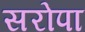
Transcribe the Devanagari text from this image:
सरोपा